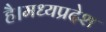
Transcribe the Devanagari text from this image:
है।मध्यप्रदेश